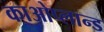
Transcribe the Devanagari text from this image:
काओप्लान्ड